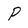
Character: P